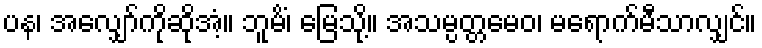
ပန၊ အလျှော်ကိုဆိုအံ့။ ဘူမိံ၊ မြေသို့။ အသမ္ပတ္တမေဝ၊ မရောက်မီသာလျှင်။